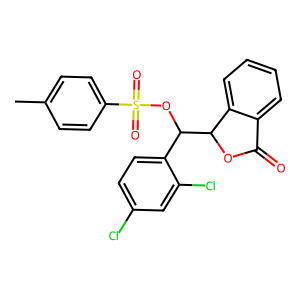
SMILES: Cc1ccc(S(=O)(=O)OC(c2ccc(Cl)cc2Cl)C2OC(=O)c3ccccc32)cc1
Inhibits HIV replication: No